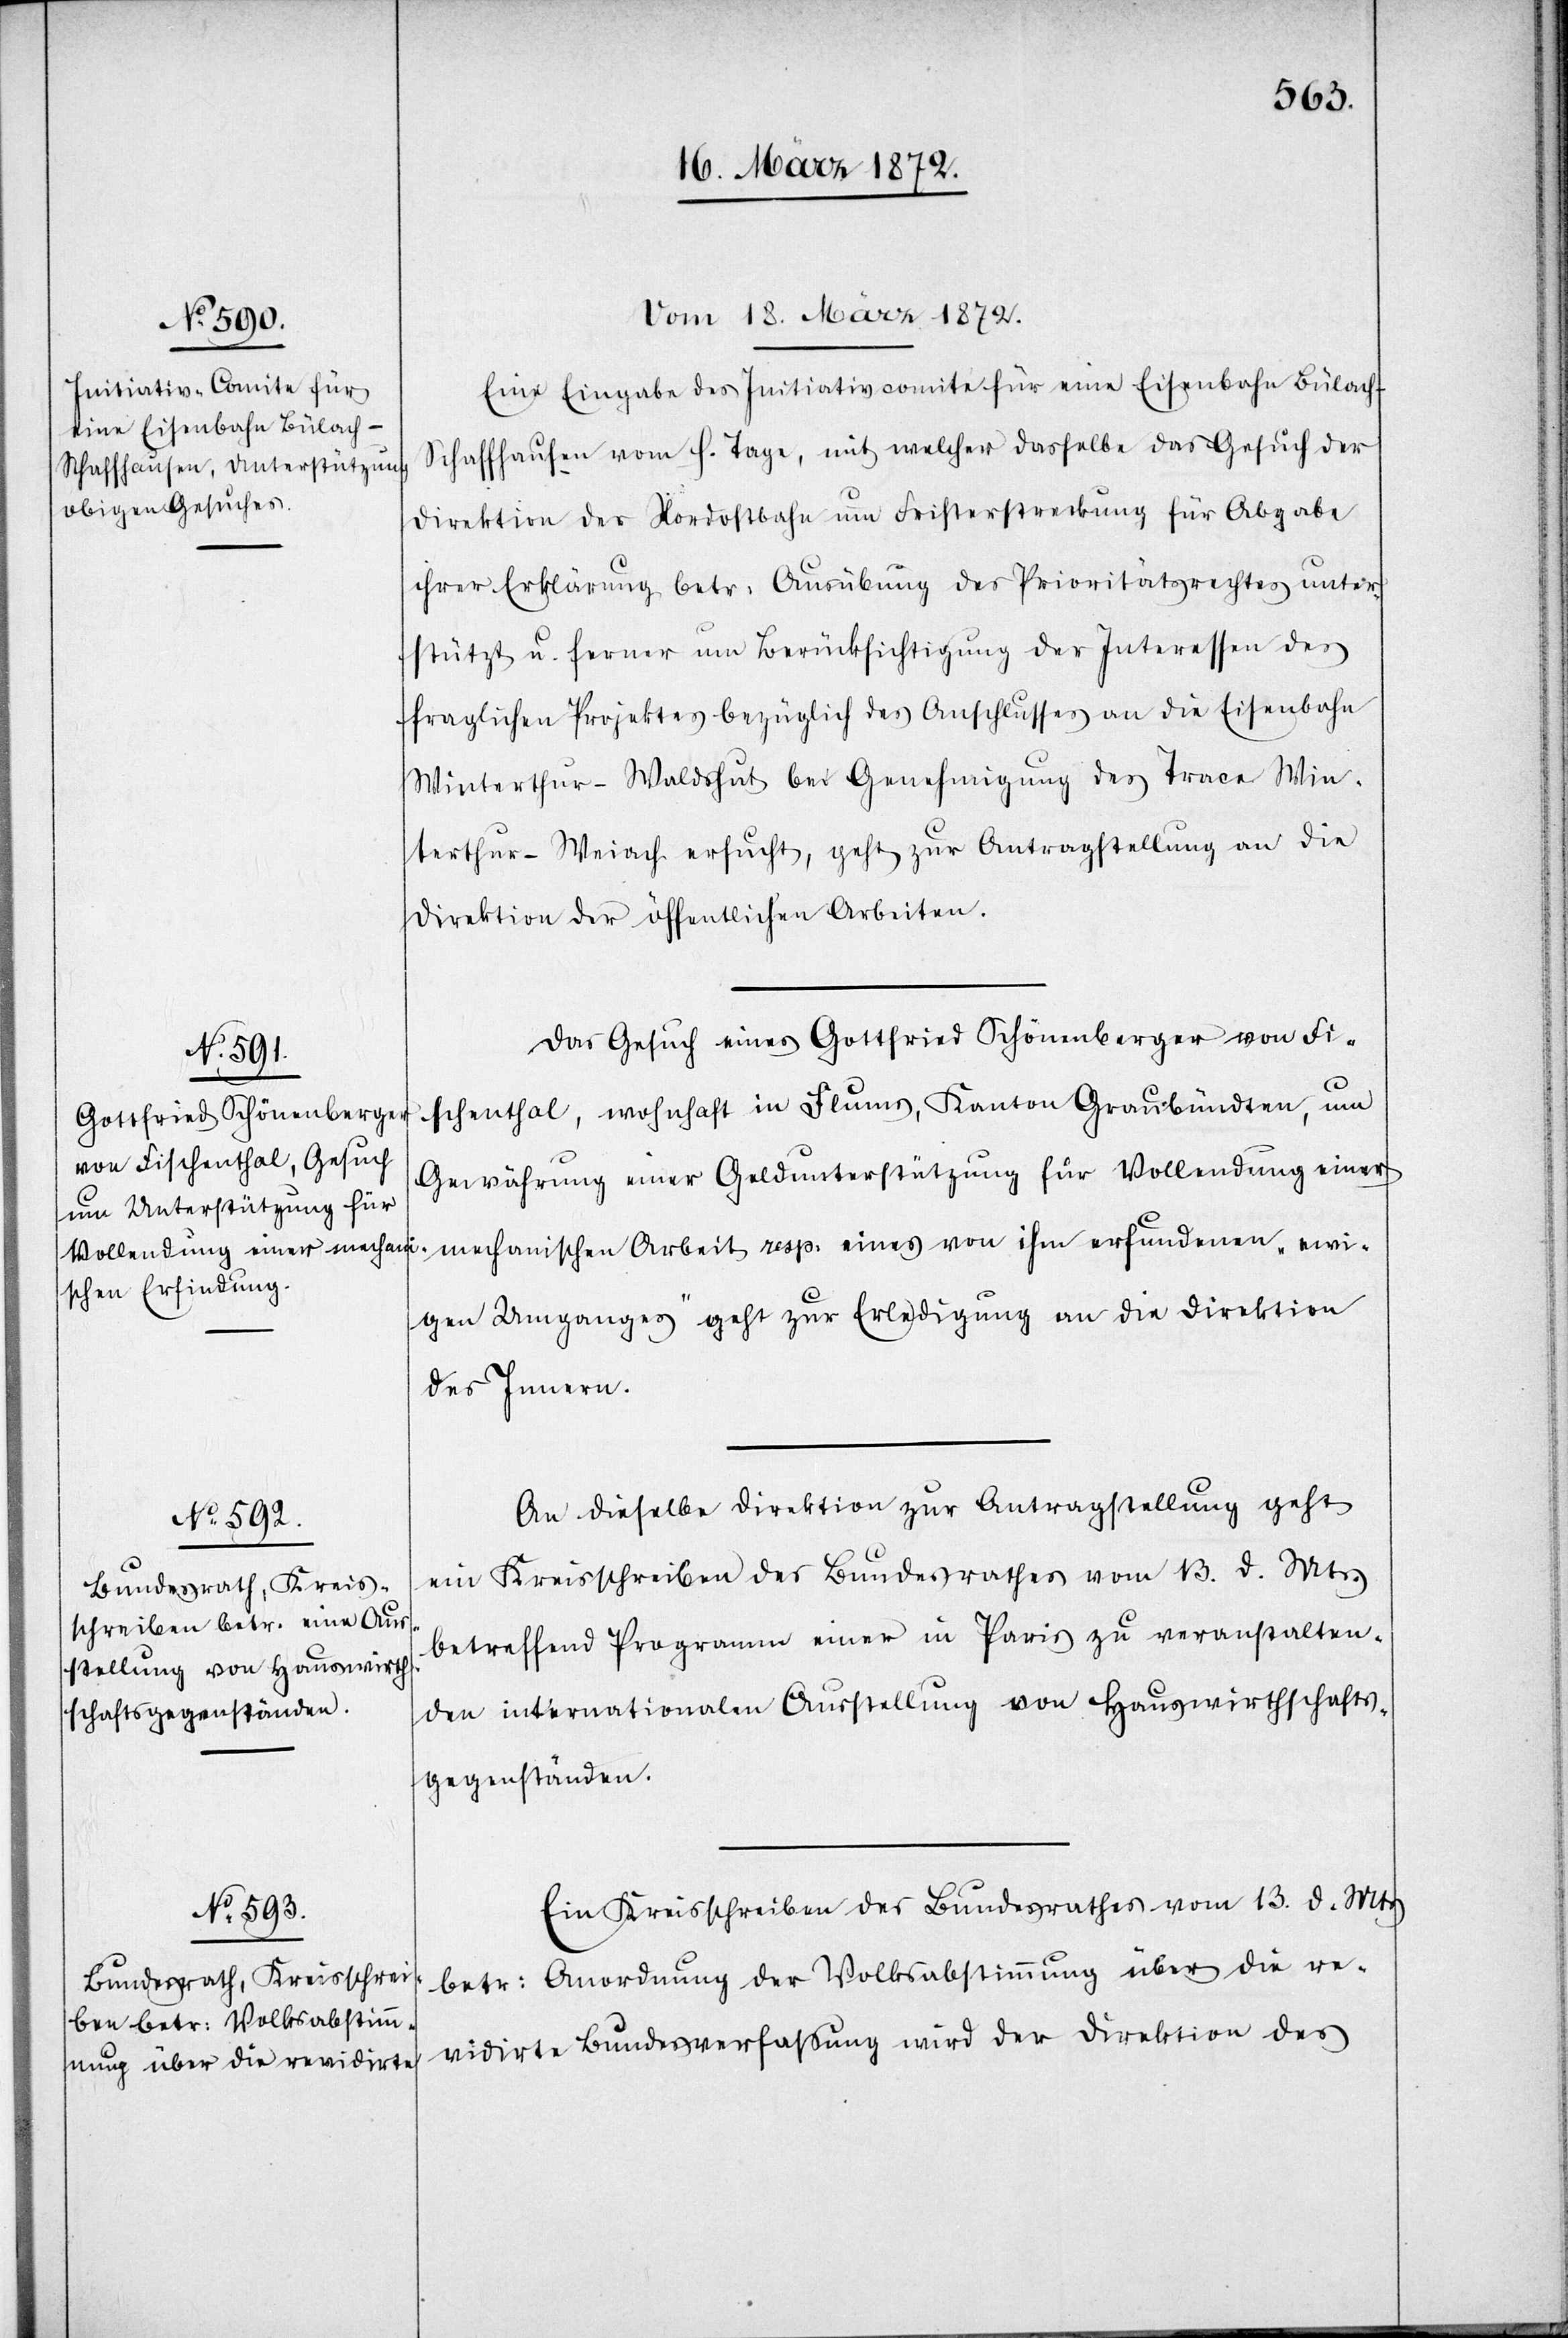
18. März 1872.]
Vom 18. März 1872.
Eine Eingabe des Initiativcomité für eine Eisenbahn Bülach–S¬
chaffhausen vom h. Tage, mit welcher dasselbe das Gesuch der
Direktion der Nordostbahn um Fristerstreckung für Abgabe
ihrer Erklärung betr: Ausübung des Prioritätsrechtes unter¬
stützt u. ferner um Berücksichtigung der Interessen des
fraglichen Projektes bezüglich des Anschlusses an die Eisenbahn
Winterthur–Weiach ersucht, geht zur Antragstellung an die
Direktion der öffentlichen Arbeiten.
Das Gesuch eines Gottfried Schönenberger von Fi¬
schenthal, wohnhaft in Flims, Kanton Graubündten, um
Gewährung einer Geldunterstützung für Vollendung einer
mechanischen Arbeit resp. eines von ihm erfundenen „ewi¬
gen Umganges“ geht zur Erledigung an die Direktion
des Innern.
An dieselbe Direktion zur Antragstellung geht
ein Kreisschreiben des Bundesrathes vom 13. d. Mts.
betreffend Programm einer in Paris zu veranstalten¬
den internationalen Ausstellung von Hauswirthschafts¬
gegenständen.
Ein Kreisschreiben des Bundesrathes vom 13. d. Mts
betr: Anordnung der Volksabstimmung über die re¬
vidirte Bundesverfassung wird der Direktion des